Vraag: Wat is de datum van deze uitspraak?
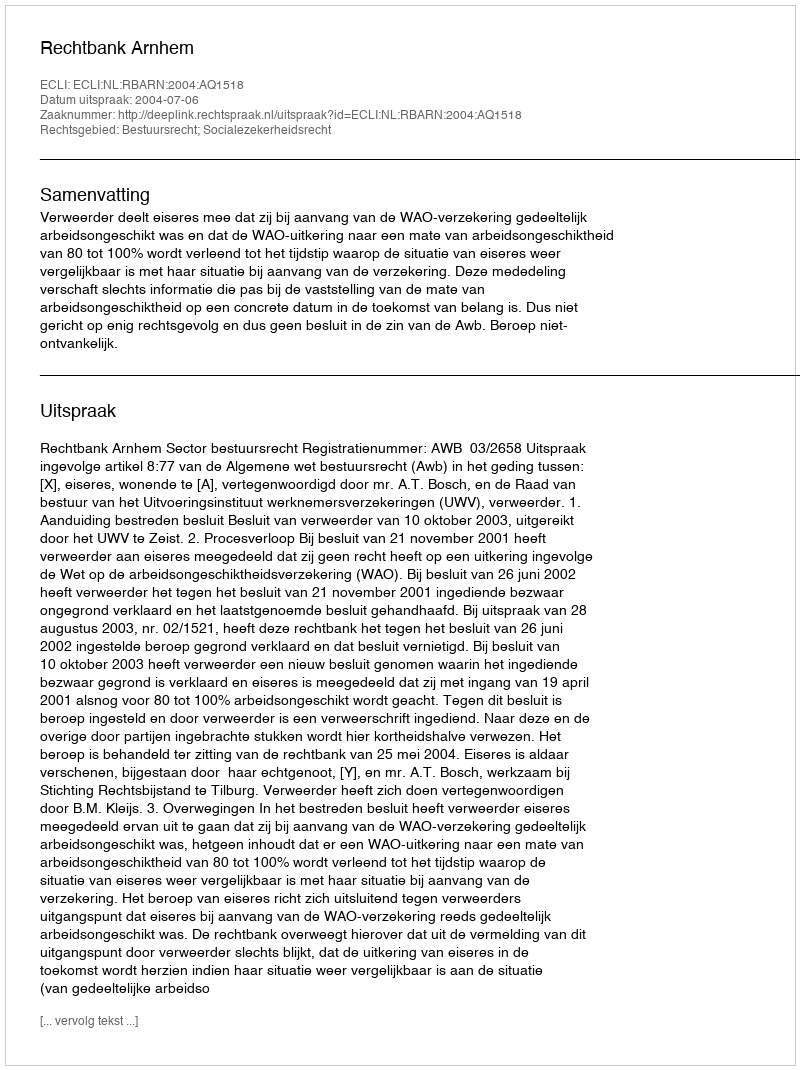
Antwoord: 2004-07-06